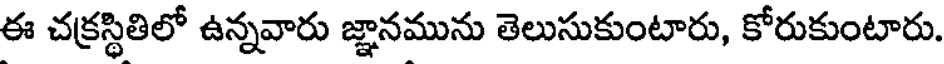
ఈ చక్రస్థితిలో ఉన్నవారు జ్ఞానమును తెలుసుకుంటారు, కోరుకుంటారు.